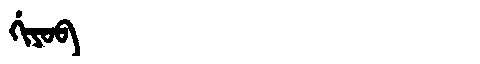
Manchu: ᡤᡳᠶᠣᠪ
Romanization: GIYOB